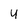
Character: 4